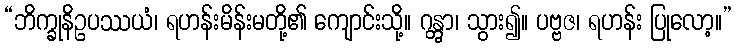
“ဘိက္ခုနိဥပဿယံ၊ ရဟန်းမိန်းမတို့၏ ကျောင်းသို့။ ဂန္တွာ၊ သွား၍။ ပဗ္ဗဇ၊ ရဟန်း ပြုလော့။”